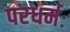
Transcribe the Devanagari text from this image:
परधर्मः